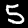
Label: 5